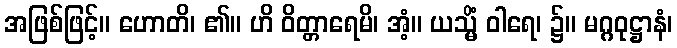
အဖြစ်ဖြင့်။ ဟောတိ၊ ၏။ ဟိ ဝိတ္တာရေမိ၊ အံ့။ ယသ္မိံ ဝါရေ၊ ၌။ မဂ္ဂဝုဋ္ဌာနံ၊